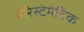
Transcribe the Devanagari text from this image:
मेरिस्टेमेटिक